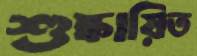
শুষ্কায়িত